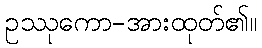
ဥဿုကော-အားထုတ်၏။